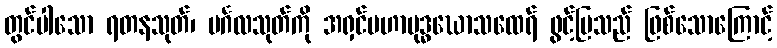
တွင်ပါသော ရတနသုတ်၊ မင်္ဂလသုတ်ကို အရှင်မဟာဗုဒ္ဓဃောသထေရ် ဖွင့်ပြသည် ဖြစ်သောကြောင့်